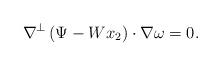
LaTeX: \begin{align*}\nabla ^{\bot}\left( \Psi -Wx_2 \right) \cdot \nabla \omega =0.\end{align*}